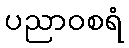
ပညာဝစရံ